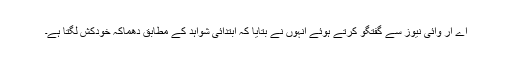
اے آر وائی نیوز سے گفتگو کرتے ہوئے انہوں نے بتایا کہ ابتدائی شواہد کے مطابق دھماکہ خودکش لگتا ہے۔